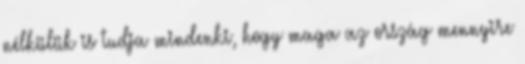
nélkülük is tudja mindenki, hogy maga az ország mennyire